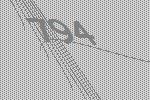
794